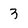
Character: 3